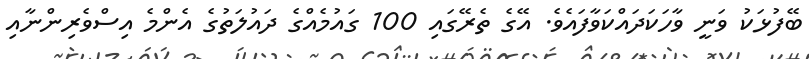
ބޭފުޅަކު ވަނީ ވާހަކަދައްކަވާފައެވެ. އޭގެ ތެރޭގައި 100 ގައުމެއްގެ ދައުލަތުގެ އެންމެ އިސްވެރިންނާއި